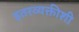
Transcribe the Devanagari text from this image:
इतरव्यक्तीशी